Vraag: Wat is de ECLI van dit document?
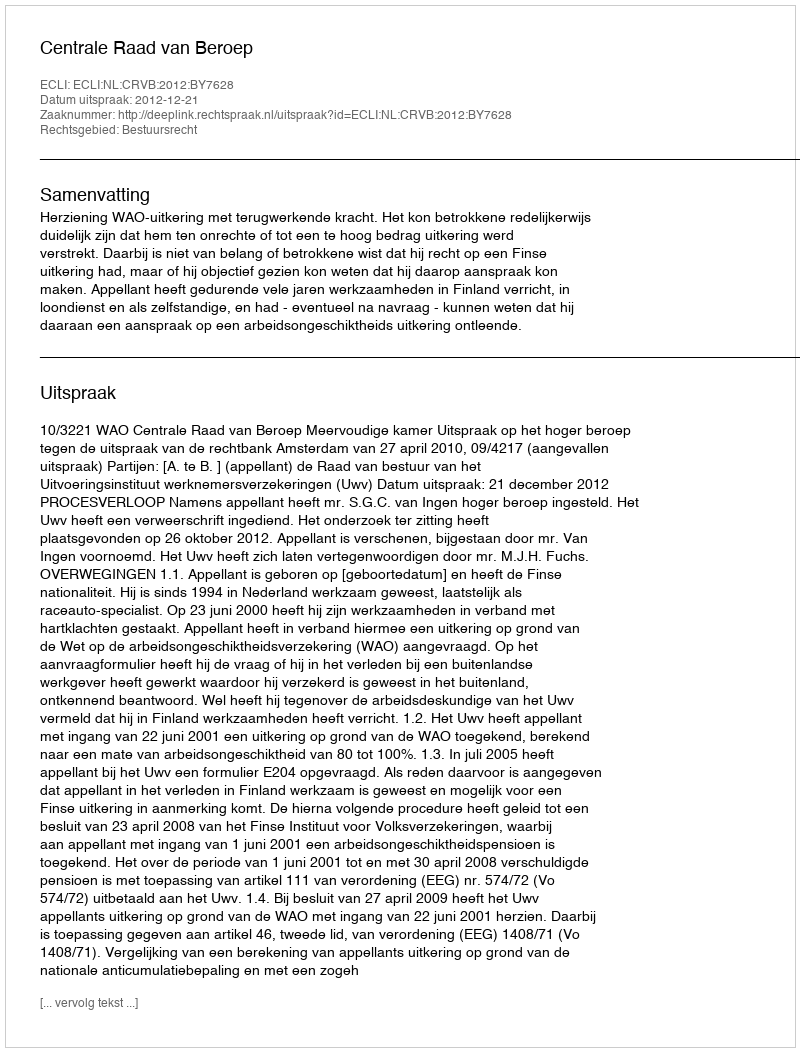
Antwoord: ECLI:NL:CRVB:2012:BY7628